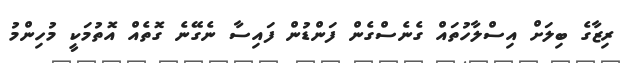
ރިޒާގެ ބިލަށް އިސްލާހުތައް ގެނެސްގެން ފަންޑުން ފައިސާ ނެގޭނެ ގޮތެއް އޮތުމަކީ މުހިންމު